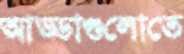
আড্ডাগুলোতে